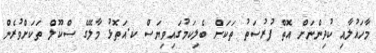
މާހައުލާއި ކުދިންނަށް އޮތް ފުރުސަތު ތަކަށް ބެލިކަމުގައިވިޔަސް ކ.އަތޮޅު މާލޭގެ ސްކޫލް ތަކަށްވުރެން